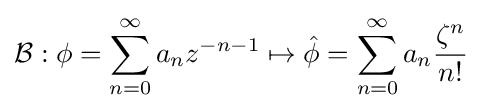
{\mathcal {B}}:\phi =\sum \limits _{n=0}^{\infty }a_{n}z^{-n-1}\mapsto {\hat {\phi }}=\sum \limits _{n=0}^{\infty }a_{n}{\frac {\zeta ^{n}}{n!}}